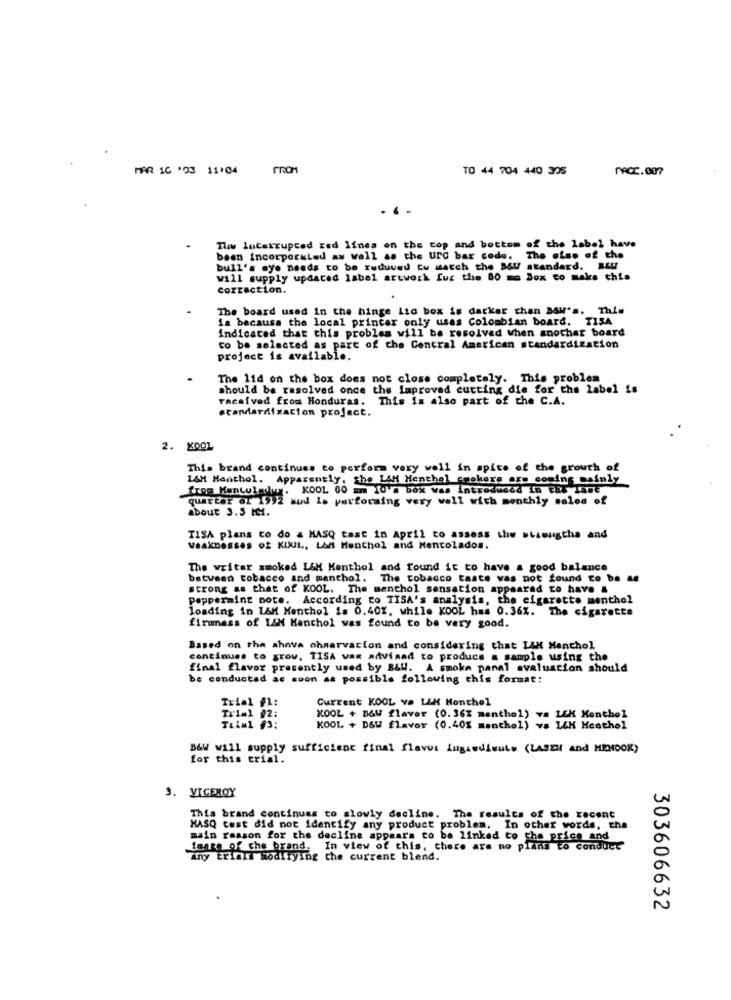
MAR 10 '03 11:04
TO 44 704 440 305
MACC.007
. ..
Thu Interrupted Esd linea on the top and bottom of the label have
been incorporaled as well as the UTC bar code. The also of the
bull's eye needs to be ruduved Cu match the B&U standard. REU
will supply updated label artwork fur the 80 mm Box to make this
correction.
The board used in the hinge Lid box is darker than B&w's. This
is because the local printer only uses Colombian board. TISA
indicated that this problem will be resolved When another board
co be selected as part of the Central American standardization
project is available.
The 11d on the box does not close completely. This problem
should be resolved once the Improved cutting die for the label is
racefved from Honduras. This is also part of the C.A.
standardization project.
2. XOOL
This brand continues to perform very well in spite of the growth of
L&M Menthol. Apparently, the LAH Menthol apkexe are coming mainly
from Mentulmuy. KOOL 00 mm Id' box was introduced in cal Laut
quarter of 1992 sud 1s performing very well with monthly salon of
about 3.5 MM.
TISA plans to do & MASQ tast in April to assess the wbsmugthe and
weaknesses of KUUL, LAM Menthol and Mentolados.
The writer smoked L&M Menthol and found it to have a good balance
between tobacco and menthol. The tobacco taste was not found to be as
strong as that of KOOL. The menthol sensation appeared to have &
Peppermint note. According to TISA's analysis, the cigarette menthol
loading in L&M Menthol is 0.40%, while KOOL has 0.36%. The cigarette
firmmass of L&M Henchol was found to be very good.
Based on the ahova ohmarvarion and considering that LAH Menthol
continues to grow, TISA was advised to produce a sample using the
final flavor presently used by B&W. A smoke panal evaluation should
be conducted as soon as possible following this format:
Trial #1:
Current KOOL va LEM Monthol
Tx1=1 92:
KOOL + B&W flavor (0.362 menthol) va LEK Menthol
Tilal 03:
KOOL + D&W flavor (0.40% menthol) va LEK Hesthel
B&W will supply sufficient final flavor fugawdieuts (LASEI and HENOOK)
for this trial.
3. VICEROY
This brand continues to slowly decline. The results of the recent
MASQ test did not identify any product problem. In other words, che
main reason for the decline appears to be linked to the price and
tange of che brand.
In view of this, there are no plans to conduct
any Eriali modifying the current blend.
303606632